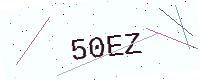
Text: 50EZ